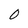
Character: 0